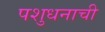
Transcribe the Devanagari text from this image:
पशुधनाची